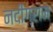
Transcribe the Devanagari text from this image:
नदीग्राम